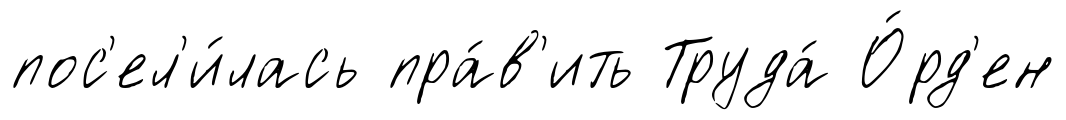
пос'ел'и́лась пра́в'ить Труда́ О́рд'ен